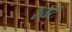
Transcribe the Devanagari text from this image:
रेवेर्टे